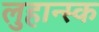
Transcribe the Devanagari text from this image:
लुहान्स्क